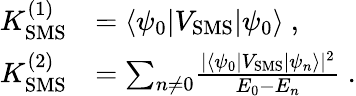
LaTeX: \begin{array}{rl}{K_{\mathrm{SMS}}^{(1)}}&{=\langle\psi_{0}|V_{\mathrm{SMS}}|\psi_{0}\rangle\ ,}\\ {K_{\mathrm{SMS}}^{(2)}}&{={\sum_{n\neq 0}}\frac{|\langle\psi_{0}|V_{\mathrm{SMS}}|\psi_{n}\rangle|^{2}}{E_{0}-E_{n}}\ .}\end{array}